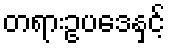
တရားဥပဒေနှင့်